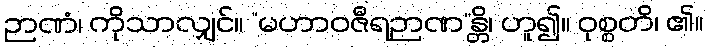
ဉာဏံ၊ ကိုသာလျှင်။ “မဟာဝဇီရဉာဏ”န္တိ၊ ဟူ၍။ ဝုစ္စတိ၊ ၏။